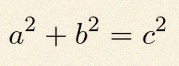
a^2+b^2=c^2